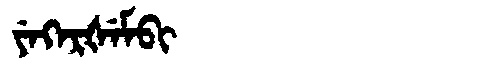
Manchu: ᠶᡝᡴᡝᡵᡧᡝᠮᠪᡳ
Romanization: YEKERŠEMBI